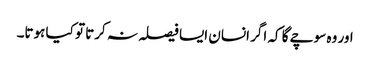
اور وہ سوچے گا کہ اگر انسان ایسا فیصلہ نہ کرتا تو کیا ہوتا۔